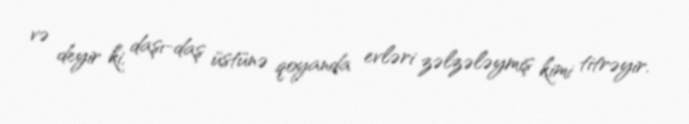
və deyir ki, daşı-daş üstünə qoyanda evləri zəlzələymiş kimi titrəyir.